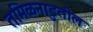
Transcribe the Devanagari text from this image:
तमिळनाडुतील